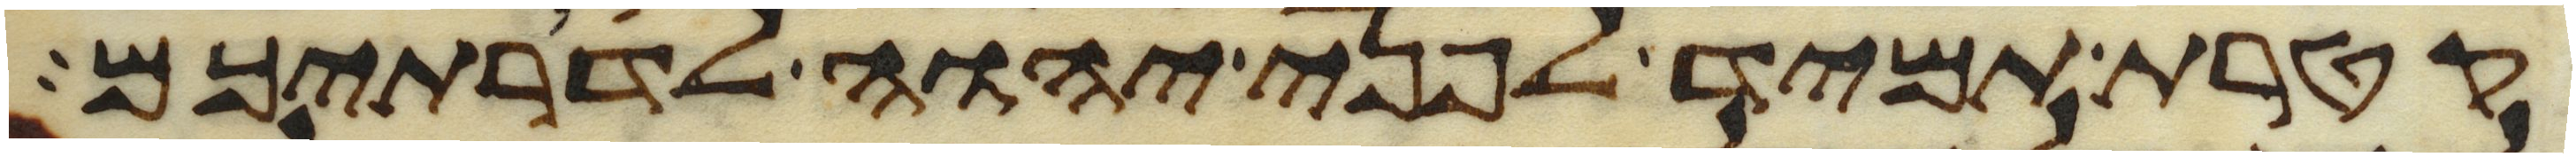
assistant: קטרת תמיד לפני יהוה לדרתיכם